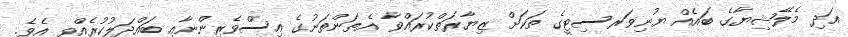
އަދި މެލޭޝިޔާގެ ބައެއް ޔުނިވަރސިޓީގެ ތަކަށް ޒިޔާރަތްކުރައްވާ އެތަންތަނުގެ އިސްވެރިންނާއި ބައްދަލުކުރެއްވި އެވެ.